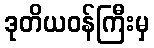
ဒုတိယဝန်ကြီးမှ